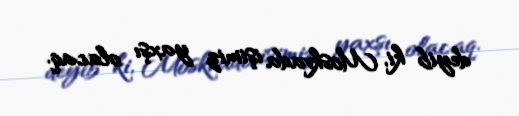
deyib ki, Moskvada işimiz yaxşı olacaq.